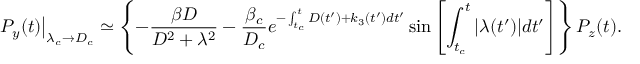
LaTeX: \left. P _ { y } ( t ) \right| _ { \lambda _ { c } \to D _ { c } } \simeq \left\{ - \frac { \beta D } { D ^ { 2 } + \lambda ^ { 2 } } - \frac { \beta _ { c } } { D _ { c } } e ^ { - \int _ { t _ { c } } ^ { t } D ( t ^ { \prime } ) + k _ { 3 } ( t ^ { \prime } ) d t ^ { \prime } } \sin \left[ \int _ { t _ { c } } ^ { t } | \lambda ( t ^ { \prime } ) | d t ^ { \prime } \right] \right\} P _ { z } ( t ) .